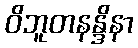
ဝိဘူတနန္ဒိနာ